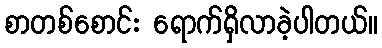
စာတစ်စောင်း ရောက်ရှိလာခဲ့ပါတယ်။